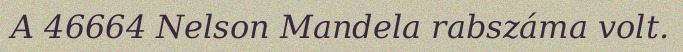
A 46664 Nelson Mandela rabszáma volt.